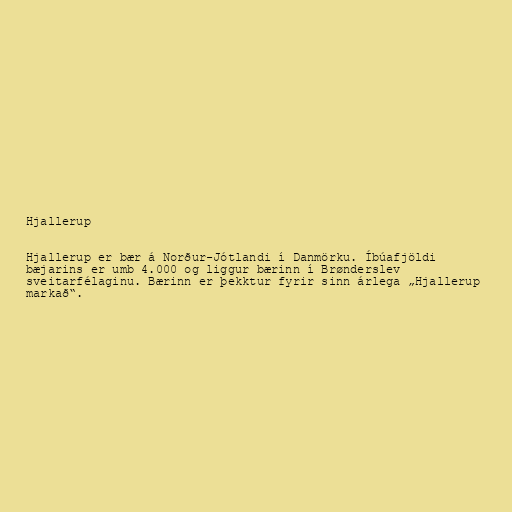
Hjallerup

Hjallerup er bær á Norður-Jótlandi í Danmörku. Íbúafjöldi
bæjarins er umb 4.000 og liggur bærinn í Brønderslev
sveitarfélaginu. Bærinn er þekktur fyrir sinn árlega „Hjallerup
markað“.